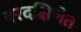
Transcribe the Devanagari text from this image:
वरदक्षिणेत